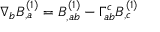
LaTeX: \nabla _ { b } B _ { , a } ^ { ( 1 ) } = B _ { , a b } ^ { ( 1 ) } - \Gamma _ { a b } ^ { c } B _ { , c } ^ { ( 1 ) }